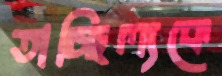
তাচ্ছিল্যকে